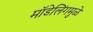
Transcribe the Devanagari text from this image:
मॉडेलिंगमुळे